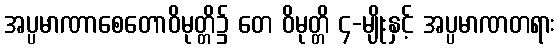
အပ္ပမာဏာစေတောဝိမုတ္တိ၌ တေ ဝိမုတ္တိ ၄-မျိုးနှင့် အပ္ပမာဏတရား